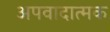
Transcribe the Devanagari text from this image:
अपवादात्मक